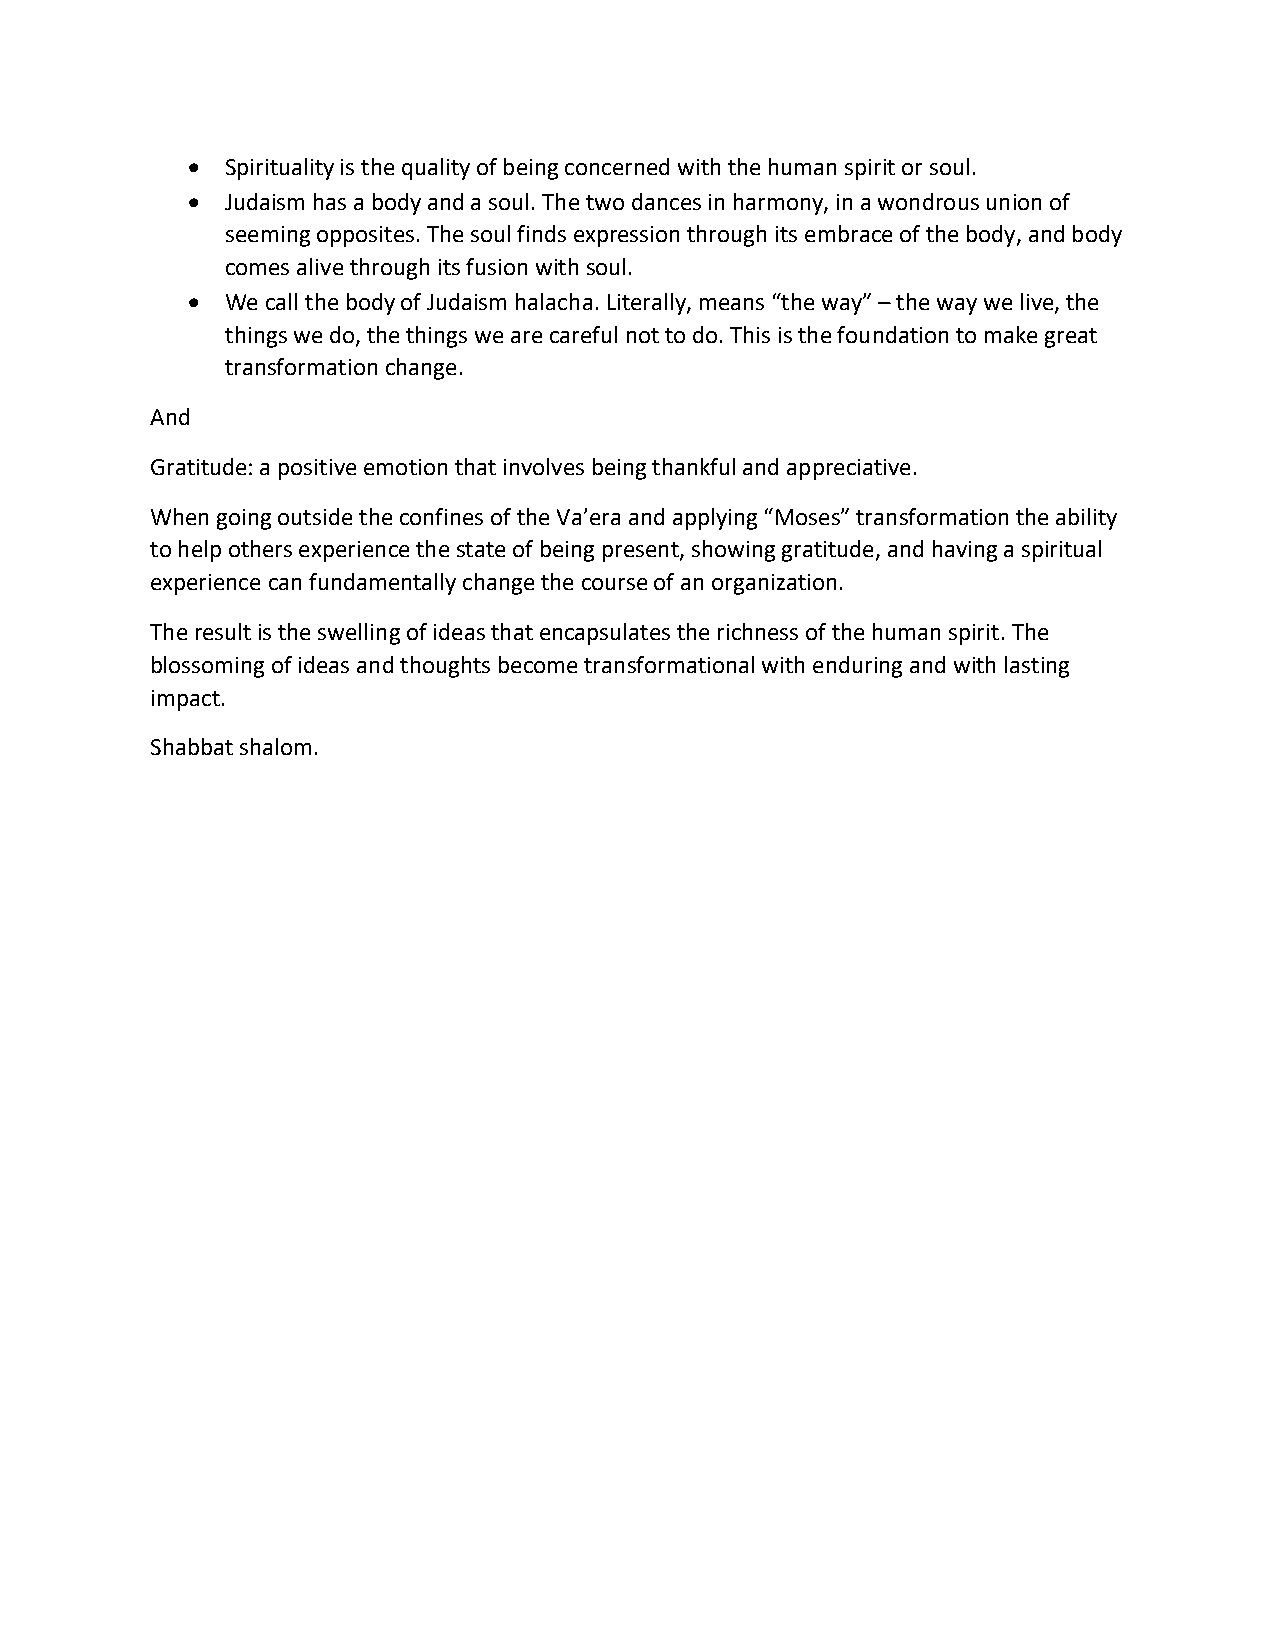
•  Spirituality is the quality of being concerned with the human spirit or soul.
 •  Judaism has a body and a soul. The two dances in harmony, in a wondrous union of
 seeming opposites. The soul finds expression through its embrace of the body, and body
 comes alive through its fusion with soul.
 •  We call the body of Judaism halacha. Literally, means “the way” – the way we live, the
 things we do, the things we are careful not to do. This is the foundation to make great
 transformation change.
 And
 Gratitude: a positive emotion that involves being thankful and appreciative.
 When going outside the confines of the Va’era and applying “Moses” transformation the ability
 to help others experience the state of being present, showing gratitude, and having a spiritual
 experience can fundamentally change the course of an organization.
 The result is the swelling of ideas that encapsulates the richness of the human spirit. The
 blossoming of ideas and thoughts become transformational with enduring and with lasting
 impact.
 Shabbat shalom.